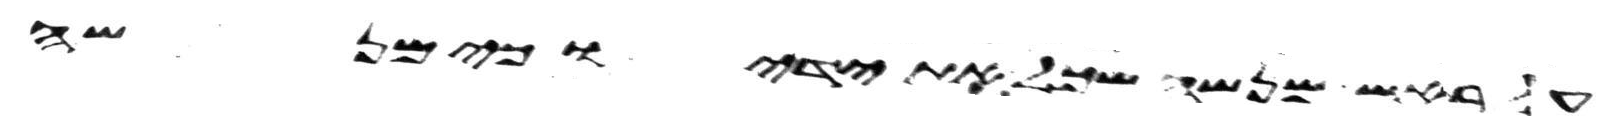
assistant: על ראש מנשה שכל את ידיו כי מנשה